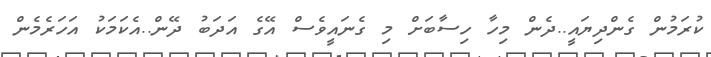
ކުރަމުން ގެންދިޔައީ..ދެން މިހާ ހިސާބަށް މި ގެނައީވެސް އޭގެ އަދަބު ދޭން..އެކަމަކު އަހަރެމެން